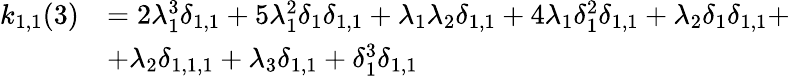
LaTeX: \begin{array}{rl}{k_{1,1}(3)}&{=2\lambda_{1}^{3}\delta_{1,1}+5\lambda_{1}^{2}\delta_{1}\delta_{1,1}+\lambda_{1}\lambda_{2}\delta_{1,1}+4\lambda_{1}\delta_{1}^{2}\delta_{1,1}+\lambda_{2}\delta_{1}\delta_{1,1}+}\\ &{+\lambda_{2}\delta_{1,1,1}+\lambda_{3}\delta_{1,1}+\delta_{1}^{3}\delta_{1,1}}\end{array}